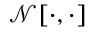
\mathcal { N } [ \cdot , \cdot ]